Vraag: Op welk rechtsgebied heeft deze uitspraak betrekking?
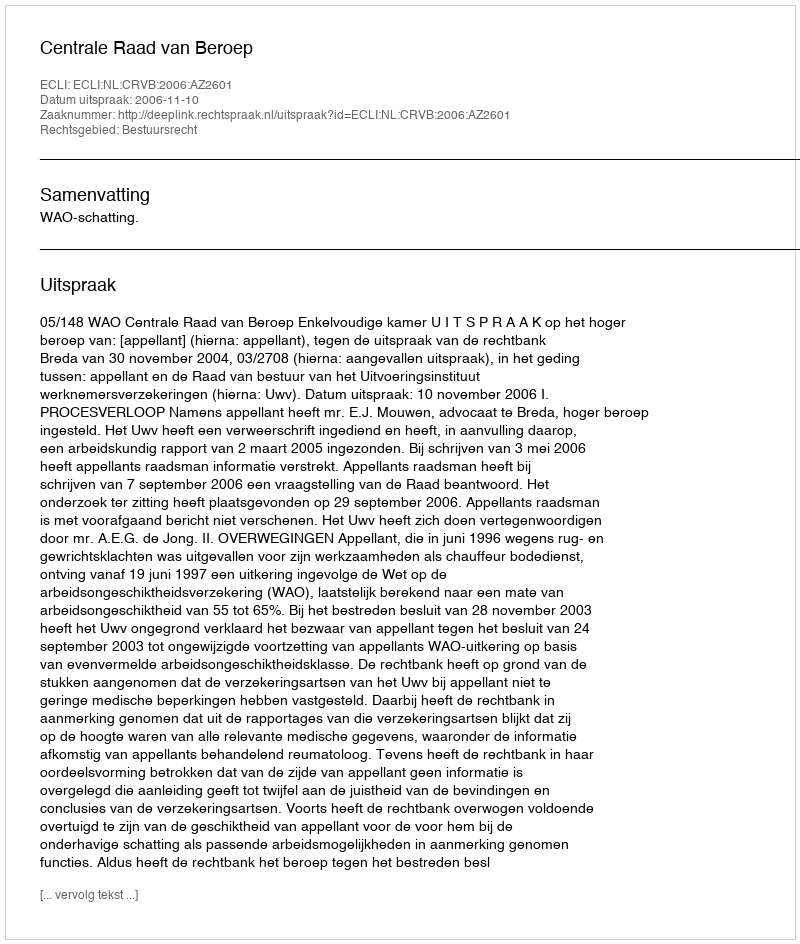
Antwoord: Bestuursrecht